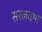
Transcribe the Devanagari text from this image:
सरलतमा